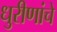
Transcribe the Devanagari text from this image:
धुरीणांचे